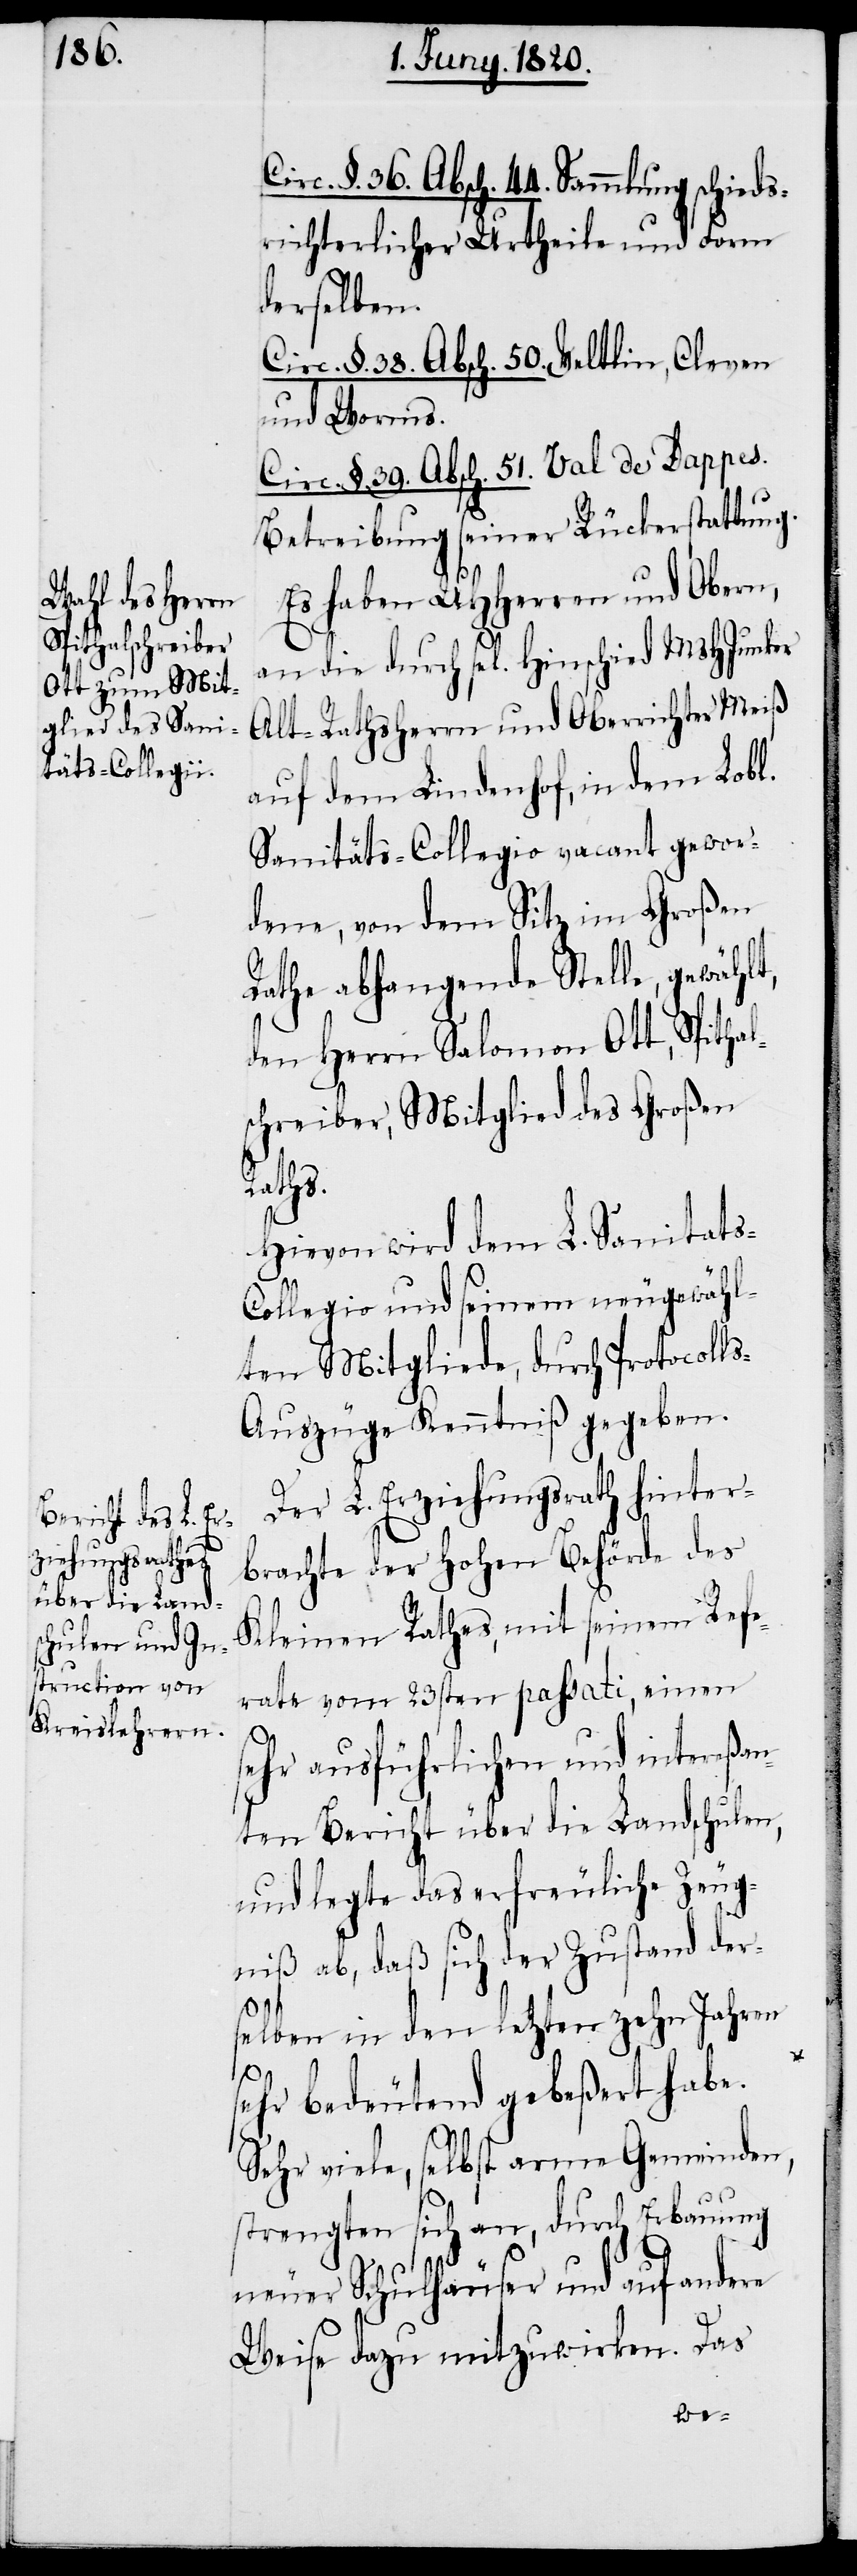
Hinschied

§. 36. Absch. 44. Sammlung schieds¬
richterlicher Urtheile und Form
derselben.
Circ. §. 38. Absch. 50. Veltlin, Cleven
und Worms.
Circ. §. 39. Absch. 51. Val de Dappes.
Betreibung seiner Rückerstattung.
Es haben UHherren und Obern,
Alt-Rathsherrn und Oberrichter Meiß
auf dem Lindenhof, in dem Lobl.
Sanitäts-Collegio vacant gewor¬
dene, von dem Sitz im Großen
Rathe abhangende Stelle, gewählt,
den Herrn Salomon Ott, Spithal¬
schreiber, Mitglied des Großen
Raths.
Hievon wird dem L. Sanitats-C¬
ollegio und seinem neugewähl¬
ten Mitgliede, durch Protocoll¬
s-Auszüge Kenntniß gegeben.
Der L. Erziehungsrath hinter¬
brachte der hohen Behörde des
Kleinen Rathes, mit seinem Refe¬
rate vom 23sten passati, einen
sehr ausführlichen und intereßan¬
ten Bericht über die Landschulen,
und legte das erfreuliche Zeug¬
niß ab, daß sich der Zustand ders¬
elben in den letzten zehn Jahren
sehr bedeutend gebeßert habe.
Sehr viele, selbst arme Gemeinden,
strengten sich an, durch Erbauung
neuer Schulhäuser und auf andere
Weise dazu mitzuwirken. Das